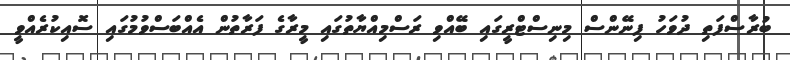
ބުރާސްފަތި ދުވަހު ފިނޭންސް މިނިސްޓްރީގައި ބޭއްވި ރަސްމިއްޔާތުގައި މީރާގެ ފަރާތުން އެއްބަސްވުމުގައި ސޮއިކުރެއްވީ